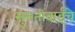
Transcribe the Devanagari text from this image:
सुमतीबाईंचे